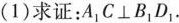
(1)求证：A_{1}C⊥B_{1}D_{1}.